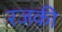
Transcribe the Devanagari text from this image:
रजकी